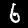
Label: 6